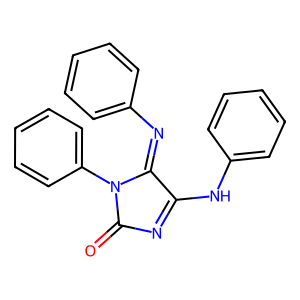
SMILES: O=C1N=C(Nc2ccccc2)C(=Nc2ccccc2)N1c1ccccc1
Inhibits HIV replication: No